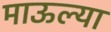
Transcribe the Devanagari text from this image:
माऊल्या